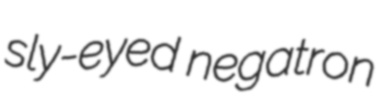
sly-eyed negatron